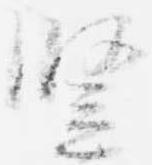
豎